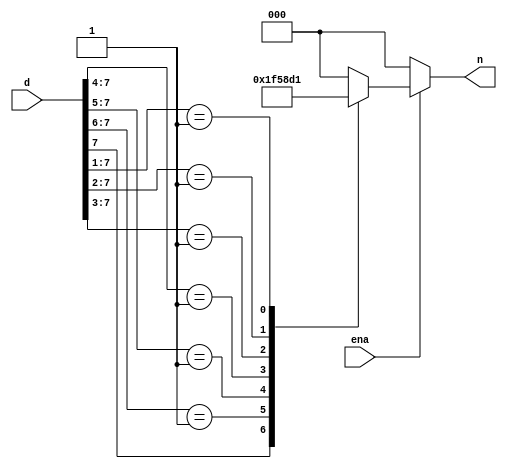
module encoder8x3 (d,ena,n);
	input [7:0]d;
	input ena;
	output [2:0]n;
	reg [2:0]n;
	always @(d,ena) begin	
	if(ena==1)begin	
	casex(d)
	8'b1??????? : n = 3'b111;
	8'b01?????? : n = 3'b110;
	8'b001????? : n = 3'b101;
	8'b0001???? : n = 3'b100;
	8'b00001??? : n = 3'b011;
	8'b000001?? : n = 3'b010;
	8'b0000001? : n = 3'b001;
	8'b00000001 : n = 3'b000;
	default: n = 3'b000;
	endcase
	end
	else begin n = 3'b000;end
end
endmodule